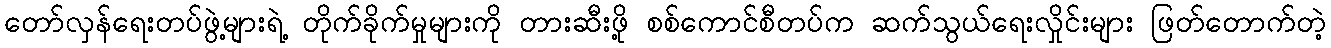
တော်လှန်ရေးတပ်ဖွဲ့များရဲ့ တိုက်ခိုက်မှုများကို တားဆီးဖို့ စစ်ကောင်စီတပ်က ဆက်သွယ်ရေးလှိုင်းများ ဖြတ်တောက်တဲ့